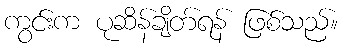
ကွင်းက ပုဆိန်ချိတ်ရန် ဖြစ်သည်။